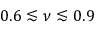
0 . 6 \lesssim \nu \lesssim 0 . 9